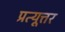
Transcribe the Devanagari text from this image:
प्रत्यूत्तर